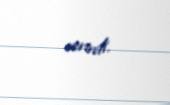
verirdi.